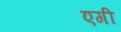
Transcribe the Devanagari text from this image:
एगी